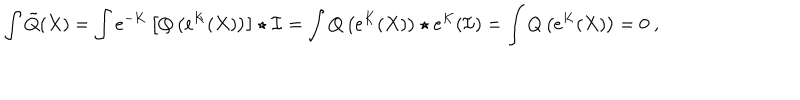
LaTeX: \int \tilde { Q } ( X ) = \int e ^ { - K } \left[ Q \left( e ^ { K } ( X ) \right) \right] \star \mathcal { I } = \int Q \left( e ^ { K } ( X ) \right) \star e ^ { K } ( \mathcal { I } ) = \int Q \left( e ^ { K } ( X ) \right) = 0 \ ,